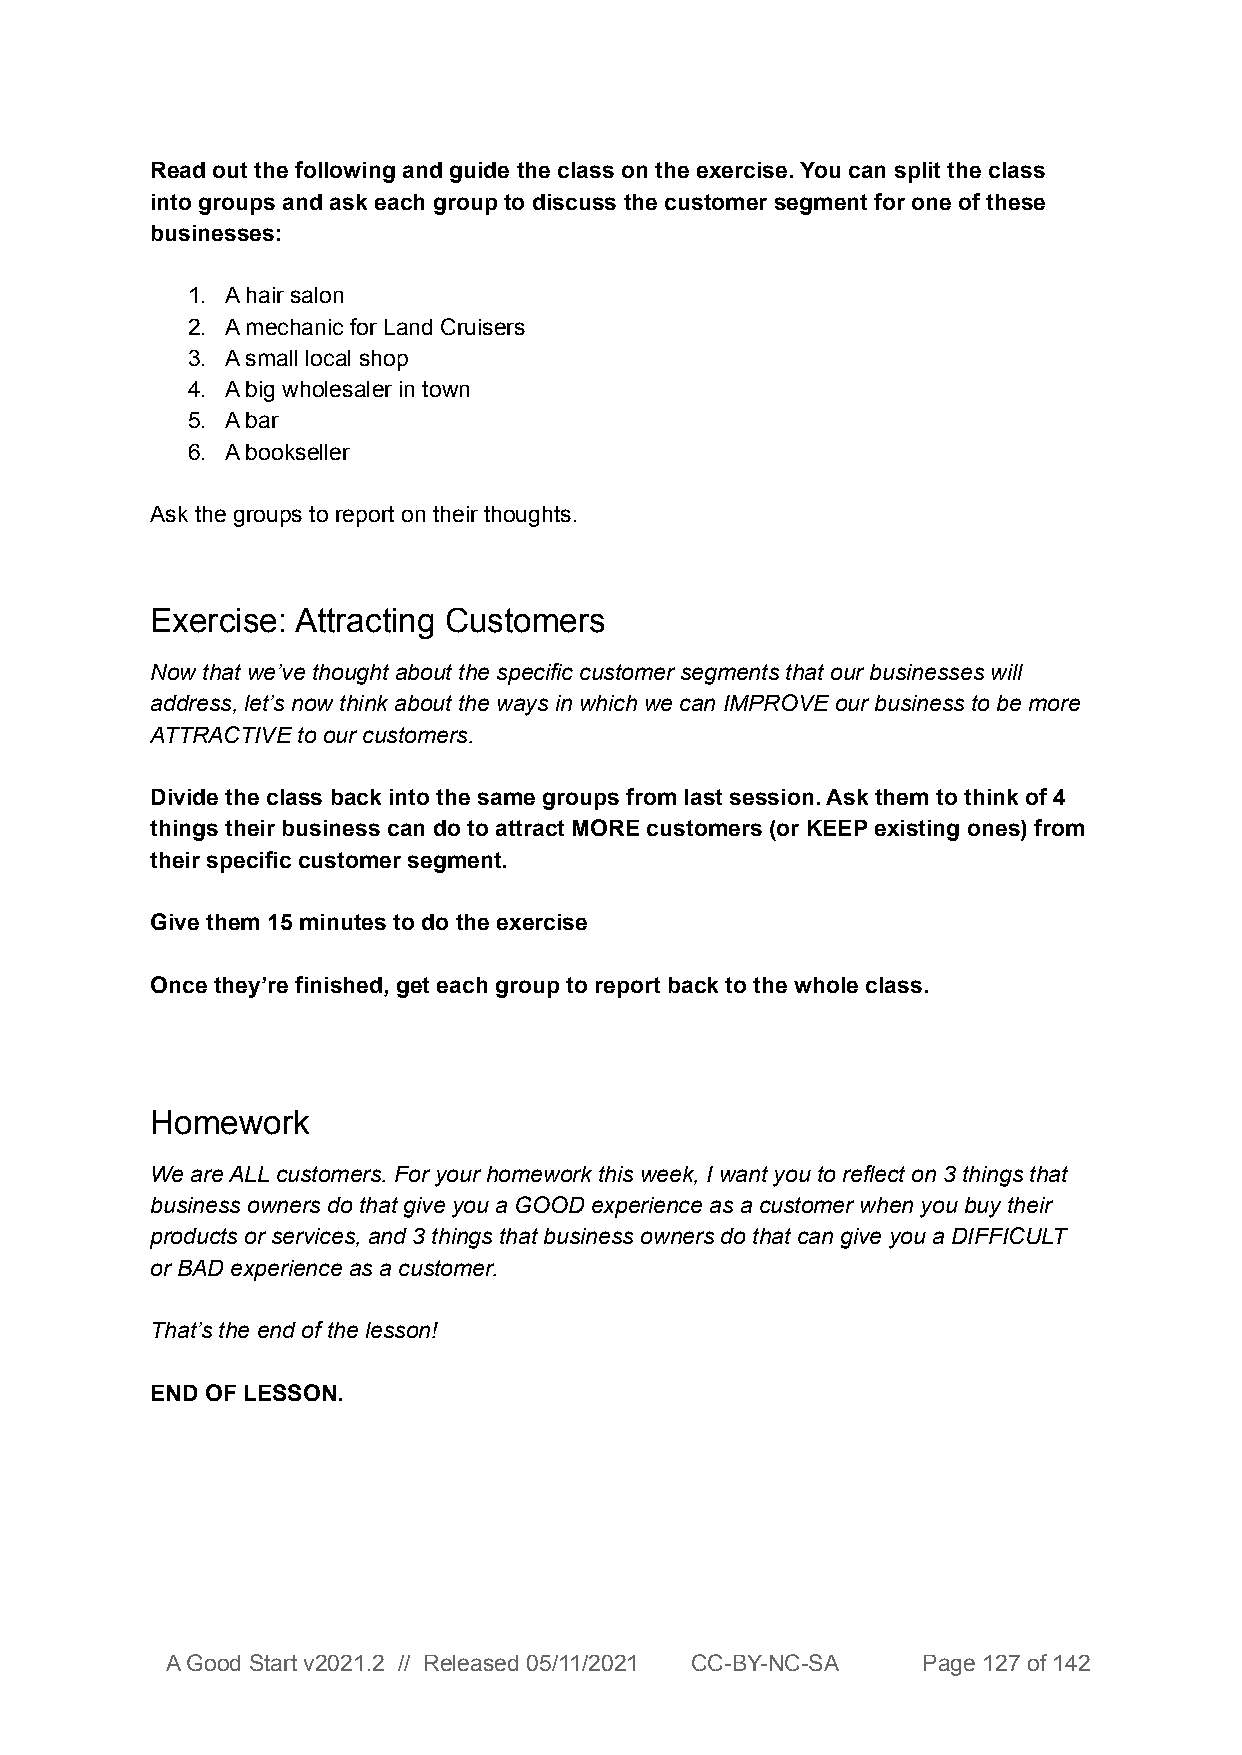
Read out the following and guide the class on the exercise. You can split the class
 into groups and ask each group to discuss the customer segment for one of these
 businesses:
 1. A hair salon
 2. A mechanic for Land Cruisers
 3. A small local shop
 4. A big wholesaler in town
 5. A bar
 6. A bookseller
 Ask the groups to report on their thoughts.
 Exercise: Attracting Customers
 Now that we’ve thought about the specific customer segments that our businesses will
 address, let’s now think about the ways in which we can IMPROVE our business to be more
 ATTRACTIVE to our customers.
 Divide the class back into the same groups from last session. Ask them to think of 4
 things their business can do to attract MORE customers (or KEEP existing ones) from
 their specific customer segment.
 Give them 15 minutes to do the exercise
 Once they’re finished, get each group to report back to the whole class.
 Homework
 We are ALL customers. For your homework this week, I want you to reflect on 3 things that
 business owners do that give you a GOOD experience as a customer when you buy their
 products or services, and 3 things that business owners do that can give you a DIFFICULT
 or BAD experience as a customer.
 That’s the end of the lesson!
 END OF LESSON.
 A Good Start v2021.2 // Released 05/11/2021 CC-BY-NC-SA Page 127 of 142